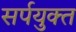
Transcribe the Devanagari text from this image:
सर्पयुक्त